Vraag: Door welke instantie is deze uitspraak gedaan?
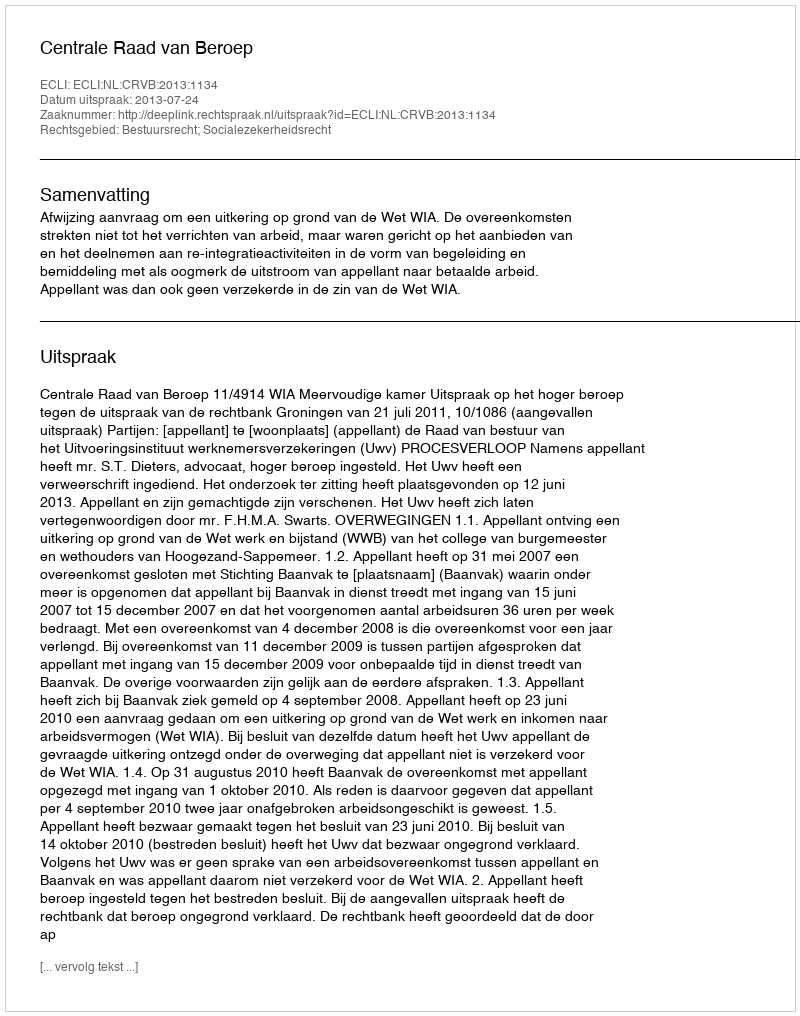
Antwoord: Centrale Raad van Beroep